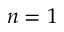
n = 1